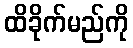
ထိခိုက်မည်ကို